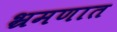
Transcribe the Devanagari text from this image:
भ्रमणात